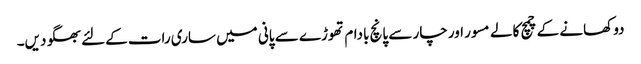
دو کھانے کے چمچ کالے مسور اور چار سے پانچ بادام تھوڑے سے پانی میں ساری رات کےلئے بھگو دیں۔